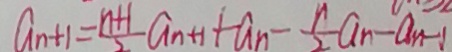
a _ { n + 1 } = \frac { n + 1 } { 2 } a _ { n + 1 } + a _ { n } - \frac { n } { 2 } a _ { n } - a _ { n - 1 }